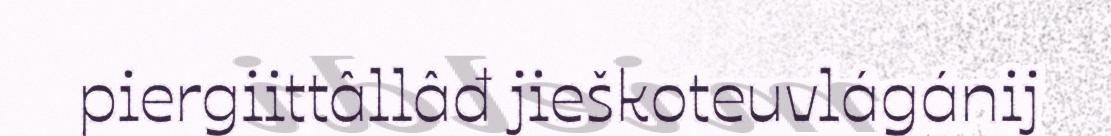
piergiittâllâđ jieškoteuvlágánij